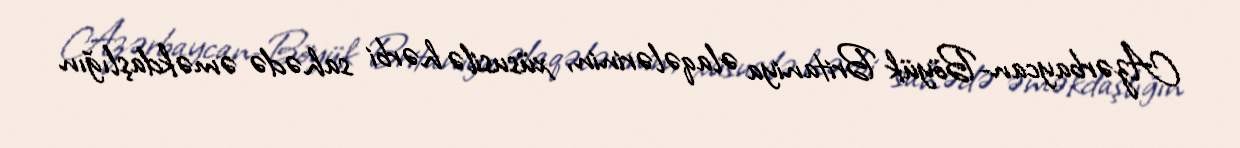
Azərbaycan-Böyük Britaniya əlaqələrinin, xüsusilə hərbi sahədə əməkdaşlığın